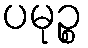
ပမုဉ္စ